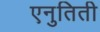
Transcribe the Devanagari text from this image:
एनुतिती